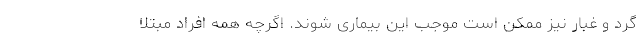
گرد و غبار نیز ممکن است موجب این بیماری شوند. اگرچه همه افراد مبتلا